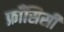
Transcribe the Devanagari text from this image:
फ्राँसिसी